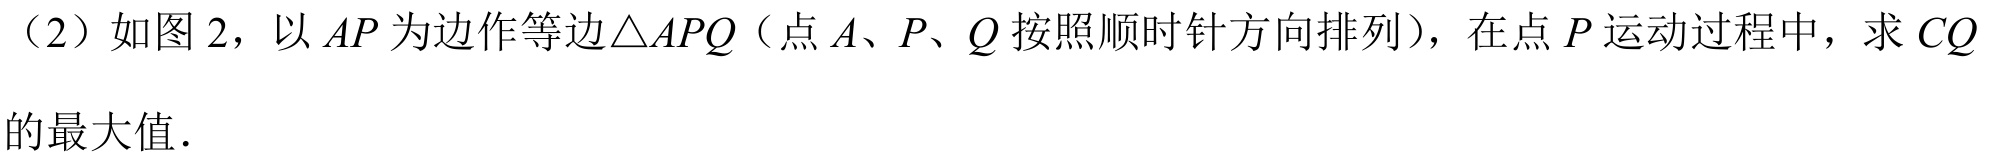
（2）如图 2，以\(AP\)为边作等边\(\triangle APQ\)（点\(A\)、\(P\)、\(Q\)按照顺时针方向排列），在点\(P\)运动过程中，求\(CQ\)的最大值.